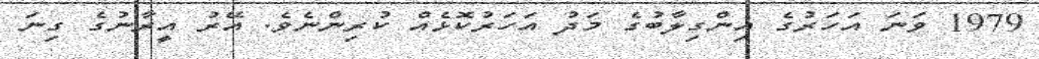
1979 ވަނަ އަހަރުގެ އިންގިލާބުގެ މަދު އަހަރުކޮޅެއް ކުރިންނެވެ. އޭރު އީރާނުގެ ގިނަ